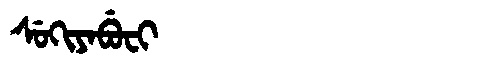
Manchu: ᠰᡠᡴᡳᠶᠠᠪᡠᠸᡳ
Romanization: SUKIYABUFI